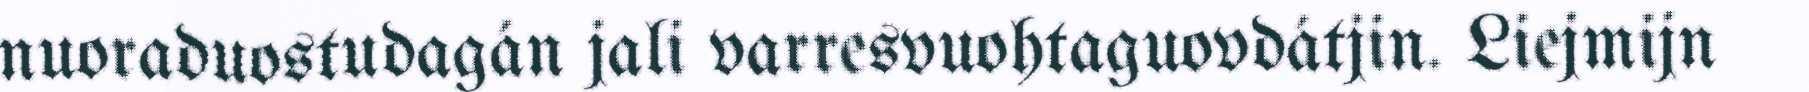
nuoraduostudagán jali varresvuohtaguovdátjin. Liejmijn